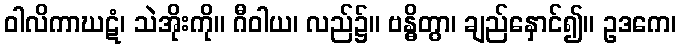
ဝါလိကာဃဋံ၊ သဲအိုးကို။ ဂီဝါယ၊ လည်၌။ ဗန္ဓိတွာ၊ ချည်နှောင်၍။ ဥဒကေ၊